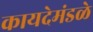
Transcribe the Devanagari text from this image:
कायदेमंडळे